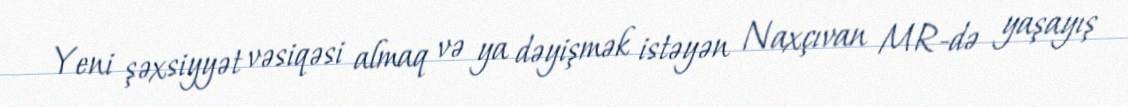
Yeni şəxsiyyət vəsiqəsi almaq və ya dəyişmək istəyən Naxçıvan MR-də yaşayış